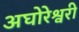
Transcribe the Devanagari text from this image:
अघोरेश्वरी